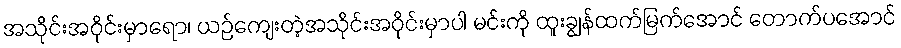
အသိုင်းအဝိုင်းမှာရော၊ ယဉ်ကျေးတဲ့အသိုင်းအဝိုင်းမှာပါ မင်းကို ထူးချွန်ထက်မြက်အောင် တောက်ပအောင်